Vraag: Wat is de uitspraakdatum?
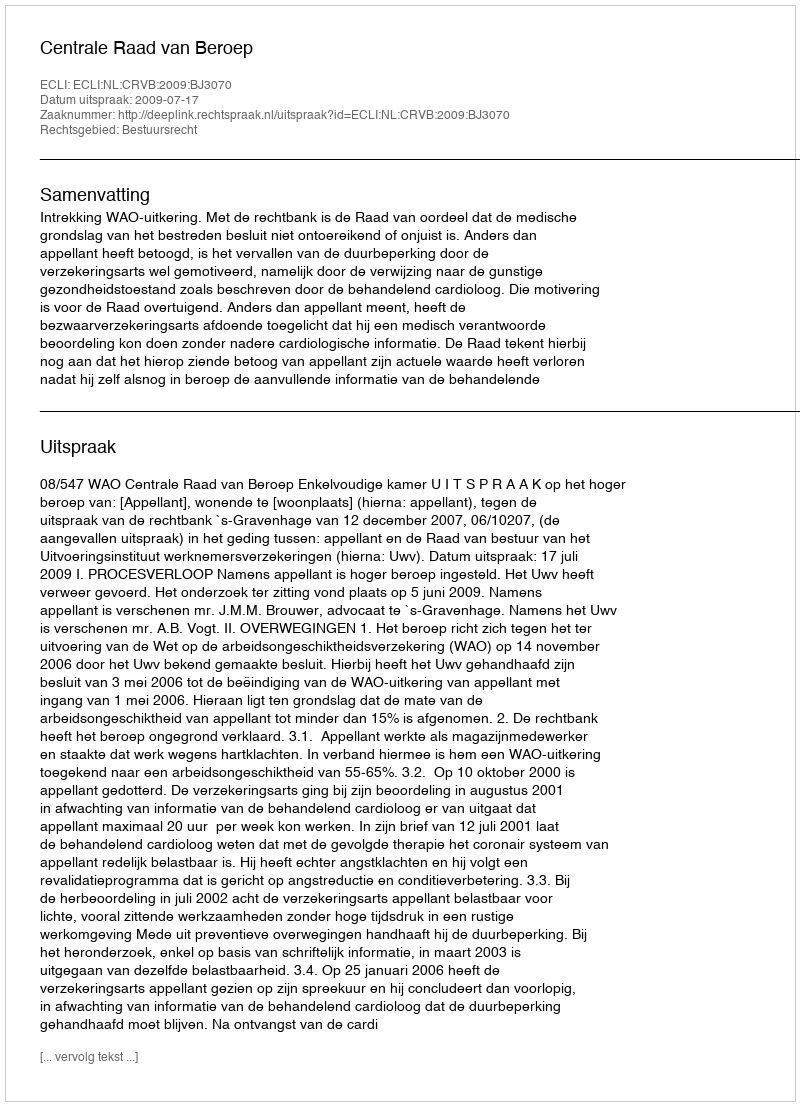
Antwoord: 2009-07-17